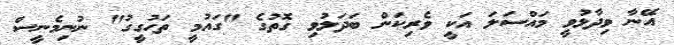
އޭނާ ވިދާޅުވީ މައްސަލަ އަކީ ވެރިކަން ބަދަލުވި ގޮތުގެ "ގައުމީ ތަހުގީގު" ނުނިމެނީސް